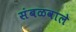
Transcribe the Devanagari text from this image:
संबळवाले